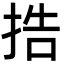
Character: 捁